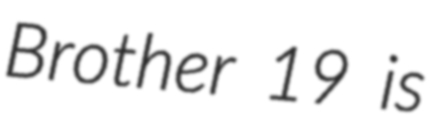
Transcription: Brother 19 is